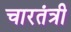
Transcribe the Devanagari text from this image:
चारतंत्री